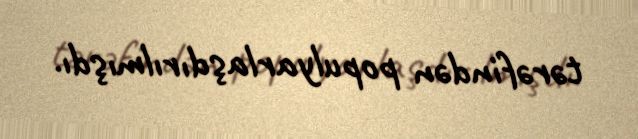
tərəfindən populyarlaşdırılmışdı.